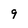
Character: 9